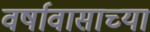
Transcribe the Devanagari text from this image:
वर्षावासाच्या